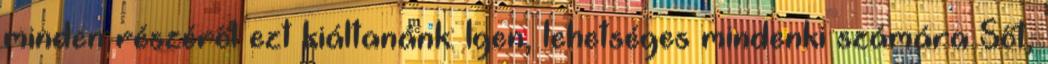
minden részéről ezt kiáltanánk: Igen, lehetséges mindenki számára Sőt,